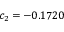
c _ { 2 } = - 0 . 1 7 2 0